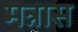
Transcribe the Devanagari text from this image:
मन्नास